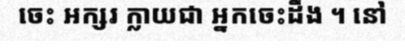
ចេះ អក្សរ ក្លាយជា អ្នកចេះដឹង ។ នៅ